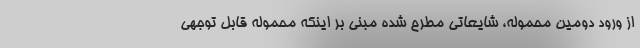
از ورود دومین محموله، شایعاتی مطرح شده مبنی بر اینکه محموله قابل توجهی